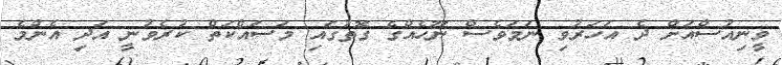
ވީނިއުސްއަށް ދެ އަހަރުވި ނަމަވެސް ނޫހެއްގެ ގޮތުގައި މަސައްކަތް ކުރެވުނީ އަދި އެންމެ